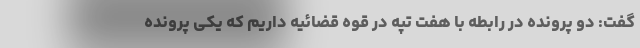
گفت: دو پرونده در رابطه با هفت تپه در قوه قضائیه داریم که یکی پرونده